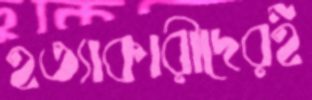
হত্যাকারীদেরই